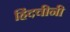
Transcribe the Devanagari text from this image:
हिंदचीनी